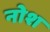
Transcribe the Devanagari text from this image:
नोश